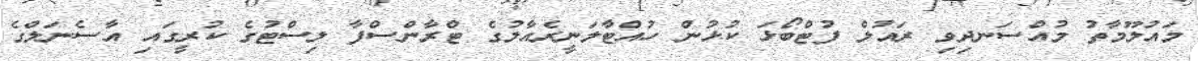
މައުލޫމާތު މުއްސަނދިވި ރައުލް ފުޓްބޯޅަ ކުޅުން ހުއްޓާލަނީރެއާލުގެ ޓްރާންސްފާ ލިސްޓުގެ ކުރީގައި އާސެނަލްގެ